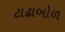
ટાઢાબોળ